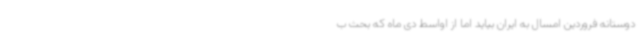
دوستانه فروردین امسال به ایران بیاید اما از اواسط دی ماه که بحث ب